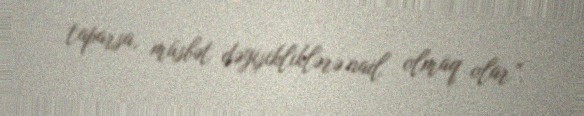
taparsa, müsbət dəyişikliklərə nail olmaq olar”.